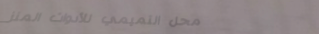
محل التميمي للأدوات المنز